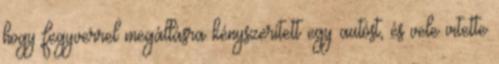
hogy fegyverrel megállásra kényszerített egy autóst, és vele vitette